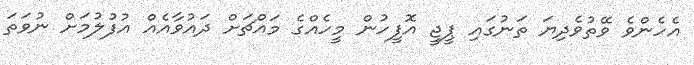
އެހެންވެ ވޭތުވެދިޔަ ތަނުގައި ޕީޖީ އޮފީހުން މީހެއްގެ މައްޗަށް ދައުވާއެއް އުފުލުމަށް ނުވަތަ